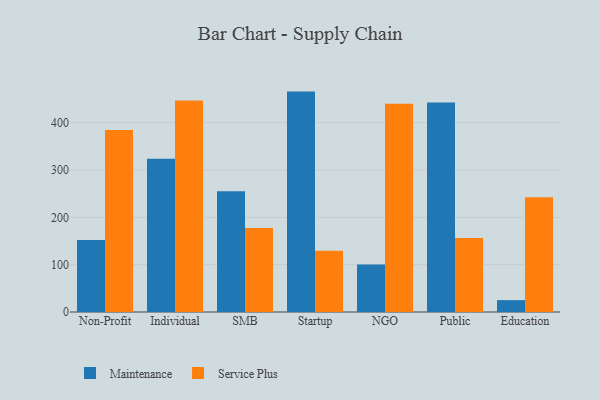
{"axis": {"x": "Segment", "y": "Customer Acquisition Cost (USD)"}, "legend": ["Maintenance", "Service Plus"], "data": [{"x": "Non-Profit", "y": 152.3, "type": "Maintenance"}, {"x": "Non-Profit", "y": 384.5, "type": "Service Plus"}, {"x": "Individual", "y": 323.6, "type": "Maintenance"}, {"x": "Individual", "y": 446.7, "type": "Service Plus"}, {"x": "SMB", "y": 254.9, "type": "Maintenance"}, {"x": "SMB", "y": 177.3, "type": "Service Plus"}, {"x": "Startup", "y": 465.6, "type": "Maintenance"}, {"x": "Startup", "y": 129.2, "type": "Service Plus"}, {"x": "NGO", "y": 100.3, "type": "Maintenance"}, {"x": "NGO", "y": 439.8, "type": "Service Plus"}, {"x": "Public", "y": 442.6, "type": "Maintenance"}, {"x": "Public", "y": 156.2, "type": "Service Plus"}, {"x": "Education", "y": 25.1, "type": "Maintenance"}, {"x": "Education", "y": 242.5, "type": "Service Plus"}]}